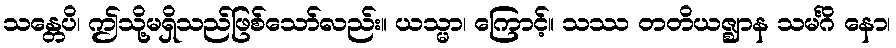
သန္တေပိ၊ ဤသို့မရှိသည်ဖြစ်သော်လည်း။ ယသ္မာ၊ ကြောင့်။ သဿ တတိယဇ္ဈာန သမင်္ဂိ နော၊